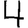
Digit: 4